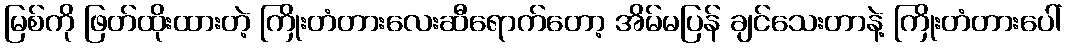
မြစ်ကို ဖြတ်ထိုးထားတဲ့ ကြိုးတံတားလေးဆီရောက်တော့ အိမ်မပြန် ချင်သေးတာနဲ့ ကြိုးတံတားပေါ်